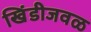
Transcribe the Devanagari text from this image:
खिंडीजवळ